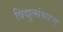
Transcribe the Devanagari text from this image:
विद्युत्संभरण